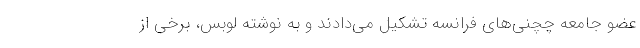
عضو جامعه چچنی‌های فرانسه تشکیل می‌دادند و به نوشته لوبس، برخی از